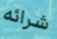
شرائه